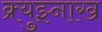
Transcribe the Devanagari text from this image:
क्र्युझ्नाख